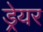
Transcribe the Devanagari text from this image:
ड्रेयर